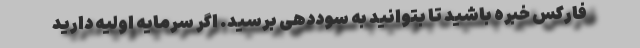
فارکس خبره باشید تا بتوانید به سوددهی برسید. اگر سرمایه اولیه دارید